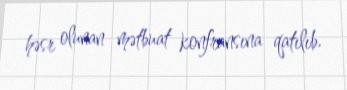
həsr olunan mətbuat konfransına qatılıb.